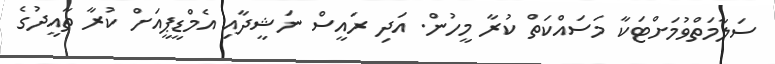
ސަލާމަތްވުމަށްޓަކާ މަސައްކަތް ކުރާ މީހުން. އަދި ރައީސް ނަޝީދާއި އެމްޑީޕީއަށް ކުރާ ތާއީދުގެ